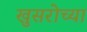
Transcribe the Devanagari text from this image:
खुसरोच्या